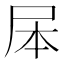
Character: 𭕕